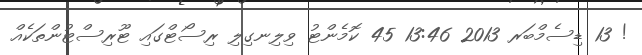
! 13 ޑިސެމްބަރ 2013 13:46 45 ކޮމެންޓު ވިލިނގިލި ރިސޯޓްގައި ޓޫރިސްޓުންތަކެއް